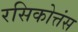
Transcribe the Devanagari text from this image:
रसिकोत्तंस